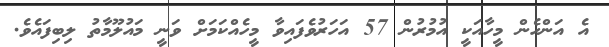
އެ އަންހެން މީހާއަކީ އުމުރުން 57 އަހަރުވެފައިވާ މީހެއްކަމަށް ވަނީ މައުލޫމާތު ލިބިފައެވެ.